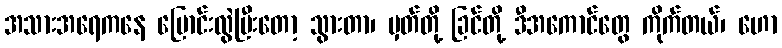
အသားအရေကနေ ပြောင်းလွဲပြီးတော့ သွားတာ၊ မှတ်တို့ ခြင်တို့ ဒီအကောင်တွေ ကိုက်တယ်၊ ဟော